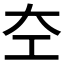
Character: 𪩣